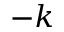
- k